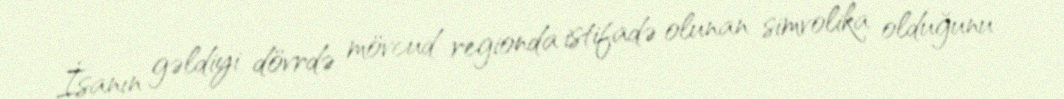
İsanın gəldiyi dövrdə mövcud regionda istifadə olunan simvolika olduğunu